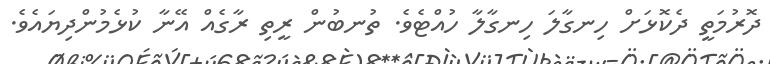
ދޮރުމަތީ ދެކޮޅަށް ހިނގާލަ ހިނގާލާ ހުއްޓެވެ. ތުނބުން ރީތި ރާގެއް އޭނާ ކުޅެމުންދިޔައެވެ.